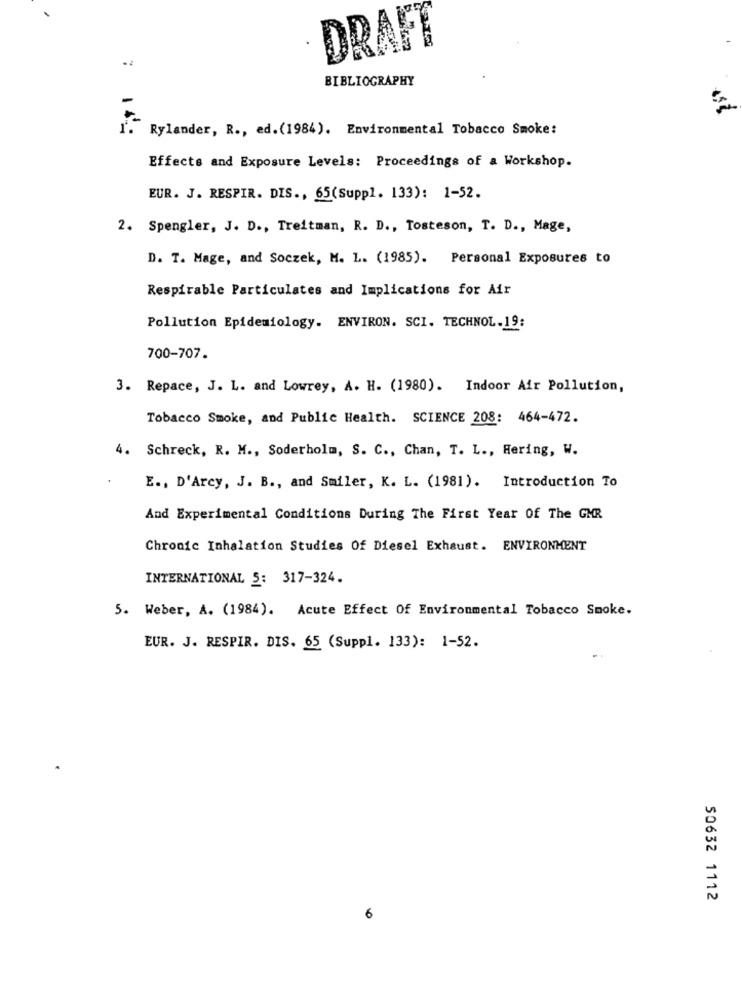
DRAFT
.2
BIBLIOGRAPHY
Rylander, R ., ed.(1984). Environmental Tobacco Smoke:
Effects and Exposure Levels: Proceedings of a Workshop.
EUR. J. RESPIR. DIS ., 65(Suppl. 133): 1-52.
2. Spengler, J. D ., Treitman, R. D ., Tosteson, T. D ., Mage,
D. T. Mage, and Soczek, M. L. (1985). Personal Exposures to
Respirable Particulates and Implications for Air
Pollution Epidemiology. ENVIRON. SCI. TECHNOL.19:
700-707.
3. Repace, J. L. and Lowrey, A. H. (1980). Indoor Air Pollution,
Tobacco Smoke, and Public Health. SCIENCE 208: 464-472.
4. Schreck, R. M ., Soderholm, S. C ., Chan, T. L ., Hering, W.
E ., D'Arcy, J. B ., and Smiler, K. L. (1981). Introduction To
And Experimental Conditions During The First Year Of The GMR
Chronic Inhalation Studies Of Diesel Exhaust. ENVIRONMENT
INTERNATIONAL 5: 317-324.
5. Weber, A. (1984). Acute Effect Of Environmental Tobacco Smoke.
EUR. J. RESPIR. DIS. 65 (Suppl. 133): 1-52.
50632 1112
6